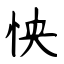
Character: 怏